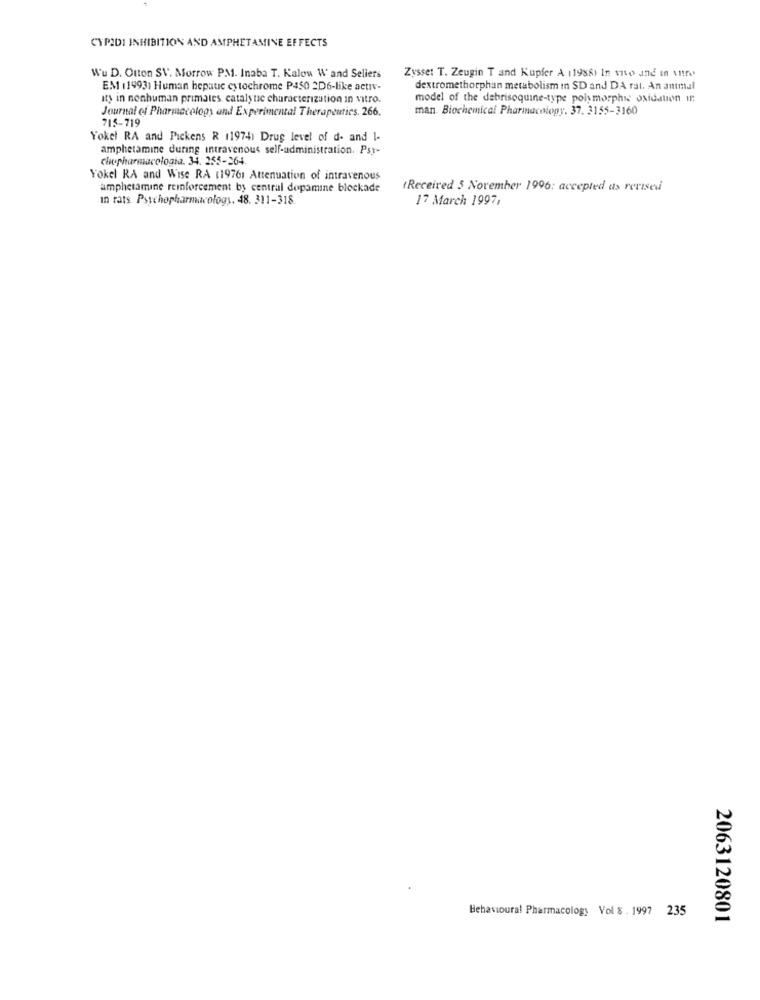
CYPIDI INHIBITION AND AMPHETAMINE EFFECTS
Wu D. Outon SV. Morrow PM. Inaba T. Kalou Wand Seliers
Zysse: T. Zeugin T and Kupfer A 11986) In vivo and in untre
EM (1993) Human hepaue cytochrome P450 2D6-like activ-
dextromethorphan metabolism in SD and DA rat. An antmal
ity in nonhuman primates catalytic characterization in vitro.
model of the debrisoquine-type polymorphic oxidation if
Journal of Pharmacology and Experimental Therapeutics. 266.
man. Biochemical Pharmacology. 37. 3155-3160
715-719
Yokel RA and Pickens R 119741 Drug level of d- and I-
amphetamine during intravenous self-administration. Psy-
Chepharmacologia. 34. 255-264
Yokel RA and Wise RA $19761 Attenuation of intravenous
amphetamine reinforcement by central dopamine blockade
(Received 5 November 1996: accepted as revisedi
In rats. Psychopharmacology. 48. 311-318.
17 March 1997,
Behavioural Pharmacology Vol 8 . 1997 235
2063120801